Annual report of the Central Committee of the Association together with the report of the directors of the Pasteur Institute at Kasauli
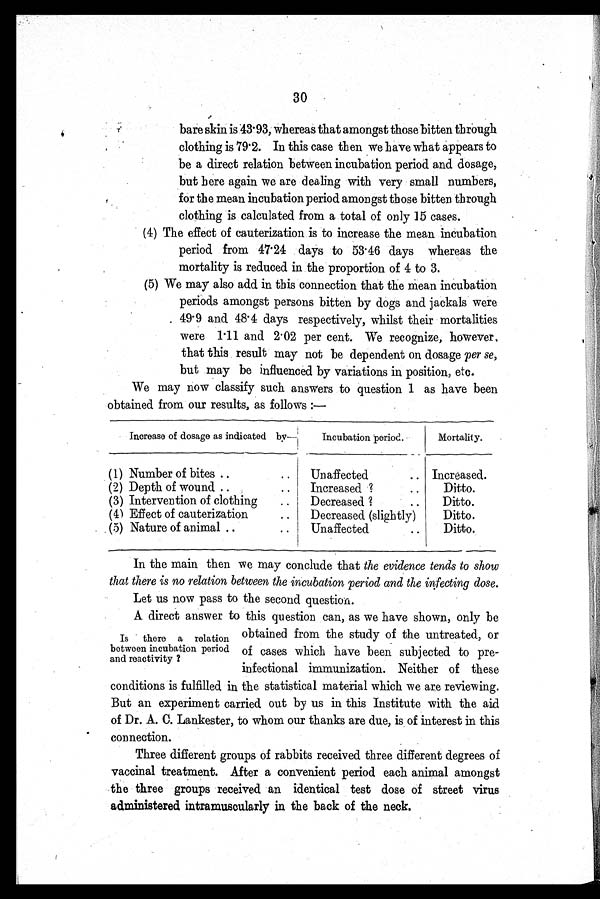
30
bare skin is 43.93, whereas that amongst those bitten through
clothing is 79.2. In this case then we have what appears to
be a direct relation between incubation period and dosage,
but here again we are dealing with very small numbers,
for the mean incubation period amongst those bitten through
clothing is calculated from a total of only 15 cases.
( 4 ) T h e e f f e c t o f c a u t e r i z a t i o n i s t o i n c r e a s e t h e m e a n i n c u b a t i o n
period from 47.24 days to 53.46 days whereas the
mortality is reduced in the proportion of 4 to 3.
( 5 ) W e m a y a l s o a d d i n t h i s c o n n e c t i o n t h a t t h e m e a n i n c u b a t i o n
periods amongst persons bitten by dogs and jackals were
49.9 and 48.4 days respectively, whilst their mortalities
were 1.11 and 2.02 per cent. We recognize, however,
that this result may not be dependent on dosage per se,
but may be influenced by variations in position, etc.
We may now classify such answers to question 1 as have been
obtained from our results, as follows:—
Increase of dosage as indicated by— Incubation period.
Mortality.
(1) Number of bites . . . Unaffected . . . Increased.
(2) Depth of wound . . . Increased ? . . .
Ditto.
(3) Intervention of clothing . . . Decreased
? . . . Ditto.
(4) Effect of cauterization . . . Decreased (slightly)
Ditto.
(5) Nature of animal . . . Unaffected . . .
Ditto.
In the main then we may conclude that the evidence tends to show
that there is no relation between the incubation period and the infecting dose.
Let us now pass to the second question.
A direct answer to this question can, as we have shown, only be
obtained from the study of the untreated, or
Is there a relation
between incubation period and reactivity?
of cases which have been subjected to pre
-
infectional immunization. Neither of these
conditions is fulfilled in the statistical material which we are reviewing.
But an experiment carried out by us in this Institute with the aid
of Dr. A. C. Lankester, to whom our thanks are due, is of interest in this
connection.
Three different groups of rabbits received three different degrees of
vaccinal treatment. After a convenient period each animal amongst
the three groups received an identical test dose of street virus
administered intramuscularly in the back of the neck.